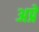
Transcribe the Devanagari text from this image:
अप्रे